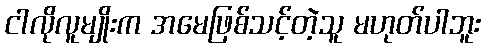
ငါလိုလူမျိုးက အမေဖြစ်သင့်တဲ့သူ မဟုတ်ပါဘူး